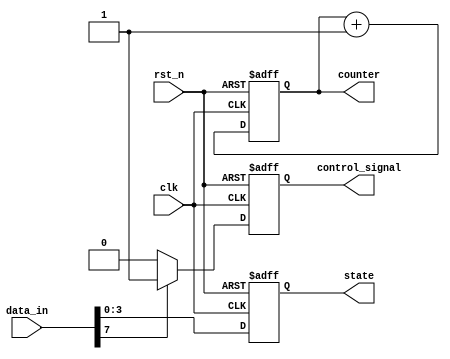
module default_state_initialization (
    input wire clk,          // Clock signal
    input wire rst_n,       // Active-low reset signal
    input wire [7:0] data_in, // Example input data
    output reg [7:0] counter, // Example counter state variable
    output reg [3:0] state,   // Example state variable
    output reg control_signal  // Example control signal
);

// Default values
localparam DEFAULT_COUNTER = 8'd0;  // Default value for counter
localparam DEFAULT_STATE = 4'b0000;  // Default value for state
localparam DEFAULT_CONTROL = 1'b0;    // Default value for control signal

// Always block for state initialization and updates
always @(posedge clk or negedge rst_n) begin
    if (!rst_n) begin
        // Reset condition: initialize all state variables to default values
        counter <= DEFAULT_COUNTER;
        state <= DEFAULT_STATE;
        control_signal <= DEFAULT_CONTROL;
    end else begin
        // Normal operation: update state variables based on input signals
        // Example logic for updating state variables (to be customized)
        counter <= counter + 1; // Increment counter
        state <= data_in[3:0];  // Example: update state based on input data
        control_signal <= (data_in[7] == 1'b1) ? 1'b1 : 1'b0; // Example control logic
    end
end

endmodule